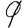
Digit: 9